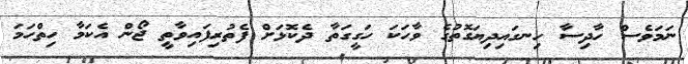
ނަމަވެސް ހާދިސާ ހިނގައިދިޔަގޮތުގެ ވާހަކަ ހަގީގަތާ ދެކޮޅަށް ފެތުރިފައިވާތީ ޖޯން އެކަމާ ހިތްހަމަ